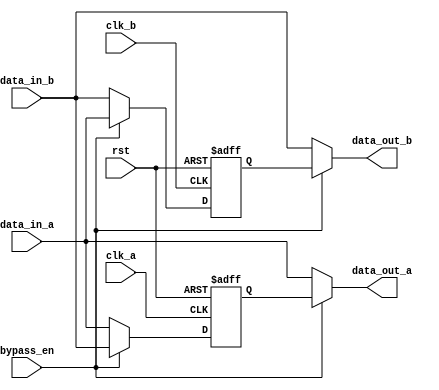
module bypass_register (
  input wire clk_a,
  input wire clk_b,
  input wire rst,
  input wire bypass_en,
  
  input wire [7:0] data_in_a,
  output reg [7:0] data_out_a,
  input wire [7:0] data_in_b,
  output reg [7:0] data_out_b
);

reg [7:0] buffer_a;
reg [7:0] buffer_b;

always @(posedge clk_a or negedge rst) begin
  if (!rst) begin
    buffer_a <= 8'b0;
  end else begin
    if (bypass_en) begin
      buffer_a <= data_in_b;
    end else begin
      buffer_a <= data_in_a;
    end
  end
end

always @(posedge clk_b or negedge rst) begin
  if (!rst) begin
    buffer_b <= 8'b0;
  end else begin
    if (bypass_en) begin
      buffer_b <= data_in_a;
    end else begin
      buffer_b <= data_in_b;
    end
  end
end

always @(*) begin
  if (bypass_en) begin
    data_out_a = buffer_a;
    data_out_b = buffer_b;
  end else begin
    data_out_a = data_in_a;
    data_out_b = data_in_b;
  end
end

endmodule